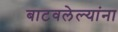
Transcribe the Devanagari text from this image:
बाटवलेल्यांना